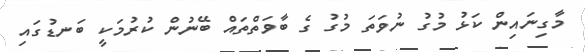
މާގިނައިން ކަޅު މުގު ނުވަތަ މުގު ގެ ބާވަތްތައް ބޭނުން ކުރުމަކީ ބަނޑުގައި